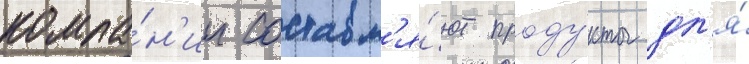
компа́н'ии составл'я́ют проду́кты дл'я́